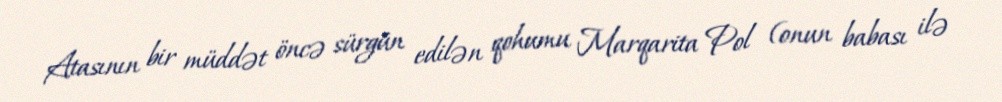
Atasının bir müddət öncə sürgün edilən qohumu Marqarita Pol (onun babası ilə